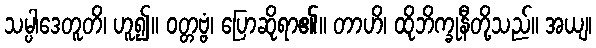
သမ္ပါဒေတူတိ၊ ဟူ၍။ ဝတ္တဗ္ဗံ၊ ပြောဆိုရာ၏။ တာဟိ၊ ထိုဘိက္ခုနီတို့သည်။ အယျ၊